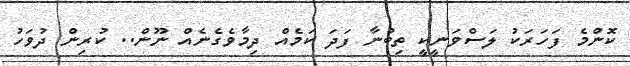
ކޮންމެ ފަހަރަކު ލަސްވަނީކީ ތިބުނާ ފަދަ ކަމެއް ދިމާވެގެނެއް ނޫން.. ކުރިން ދުވަހު